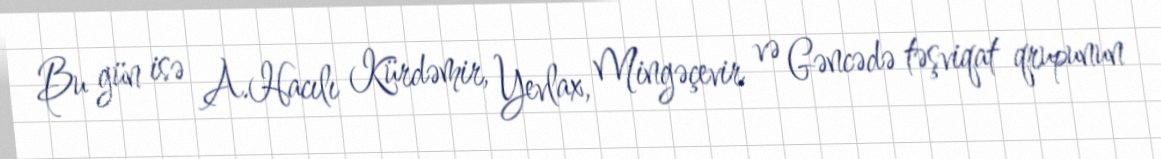
Bu gün isə A.Hacılı Kürdəmir, Yevlax, Mingəçevir və Gəncədə təşviqat qrupunun